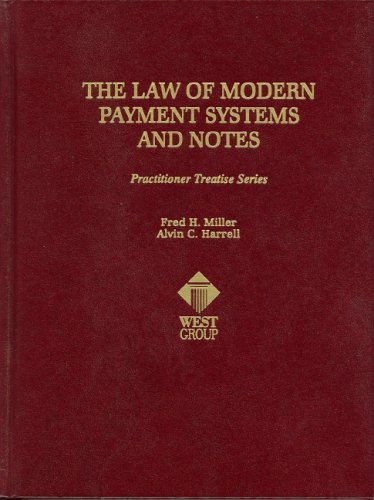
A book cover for The Law of Modern Payment Systems and Notes (Practitioner Treatise) (Practitioner's Treatise Series); Frederick H. Miller; Law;